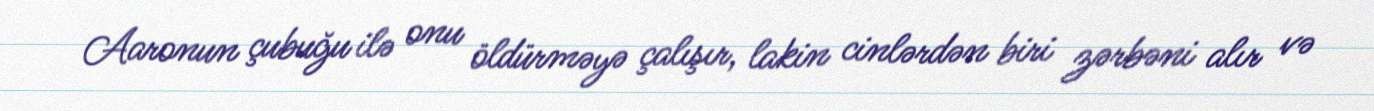
Aaronun çubuğu ilə onu öldürməyə çalışır, lakin cinlərdən biri zərbəni alır və